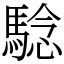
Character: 騐